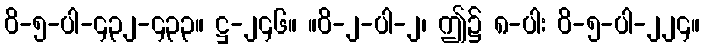
ဝိ-၅-ပါ-၄၃၂-၄၃၃။ ဋ္ဌ-၂၄၆။ ။ဝိ-၂-ပါ-၂၊ ဤ၌ ၈-ပါး ဝိ-၅-ပါ-၂၂၄။